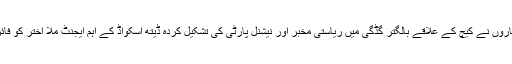
5 اکتوبرکل شام سرمچاروں نے کیچ کے علاقے بالگتر گڈگی میں ریاستی مخبر اور نیشنل پارٹی کی تشکیل کردہ ڈیتھ اسکواڈ کے اہم ایجنٹ مُلا اختر کو فائرنگ کرکے ہلاک کیا۔